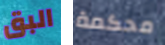
البق محكمة